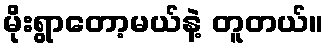
မိုးရွာတော့မယ်နဲ့ တူတယ်။